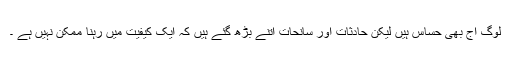
لوگ آج بھی حساس ہیں لیکن حادثات اور سانحات اتنے بڑھ گئے ہیں کہ ایک کیفیت میں رہنا ممکن نہیں ہے ۔